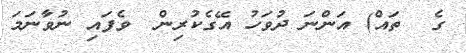
ގެ  ތައް) އަންނަ ދުވަހު އޭގެކުރިން  ވެފައި ނުވާނަމަ